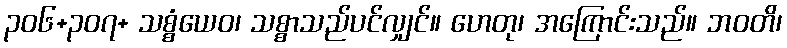
၃၀၆+၃၀၇+ သစ္စံယေဝ၊ သစ္စာသည်ပင်လျှင်။ ဟေတု၊ အကြောင်းသည်။ ဘဝတိ၊